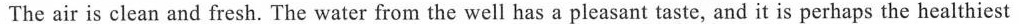
The air is clean and fresh. The water from the well has a pleasant taste, and it is perhaps the healthiest